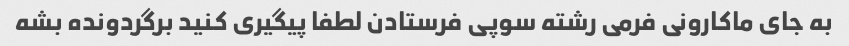
به جای ماکارونی فرمی رشته سوپی فرستادن لطفا پیگیری کنید برگردونده بشه